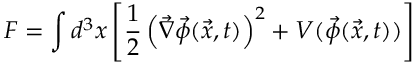
F = \int d ^ { 3 } x \left[ \frac { 1 } { 2 } \left( \vec { \nabla } \vec { \phi } ( \vec { x } , t ) \right) ^ { 2 } + V ( \vec { \phi } ( \vec { x } , t ) ) \right]